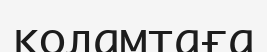
қоламтаға